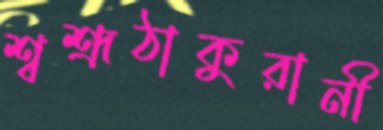
শ্বশ্রূঠাকুরানী